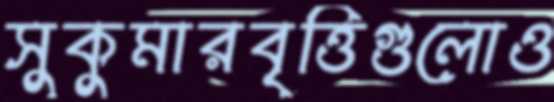
সুকুমারবৃত্তিগুলোও